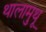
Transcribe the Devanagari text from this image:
थालामुथू